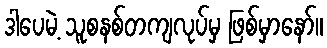
ဒါပေမဲ့ သူစနစ်တကျလုပ်မှ ဖြစ်မှာနော်။